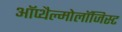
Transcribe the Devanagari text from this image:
ऑप्थैल्मोलॉजिस्ट